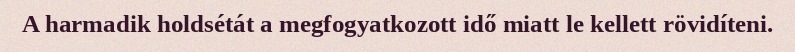
A harmadik holdsétát a megfogyatkozott idő miatt le kellett rövidíteni.